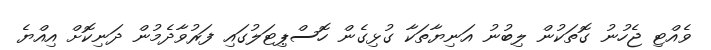
ވެއްޓި ޖެހުނު ގޮތަކުން ލިބުނު އަނިޔާތަކާ ގުޅިގެން ހޮސްޕިޓަލުގައި ފަރުވާދެމުން ދަނިކޮށް އިއްޔެ